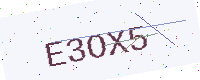
Text: E3OX5